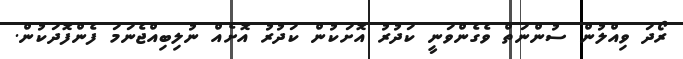
ރޯދަ ވިއްލުން ސުންނަތް ވެގެންވަނީ ކަދުރު އޮށަކުން ކަދުރު އޮށެއް ނުލިބިއްޖެނަމަ ފެންފޮދަކުން.